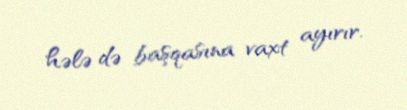
hələ də başqasına vaxt ayırır.